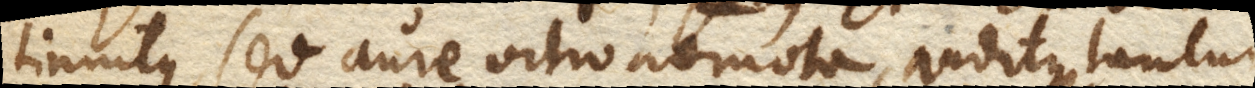
tinnitus, sed aure vitro admota, auditus tantum